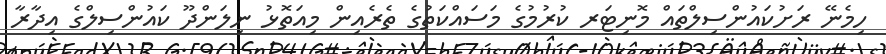
ހިމެނޭ ރަށުކައުންސިލްތައް މޮނިޓަރ ކުރުމުގެ މަސައްކަތުގެ ތެރެއިން މިއަތޮޅު ނިލަންދޫ ކައުންސިލްގެ އިދާރާ